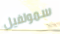
سمولفيل